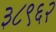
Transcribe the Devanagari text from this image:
३८९६२